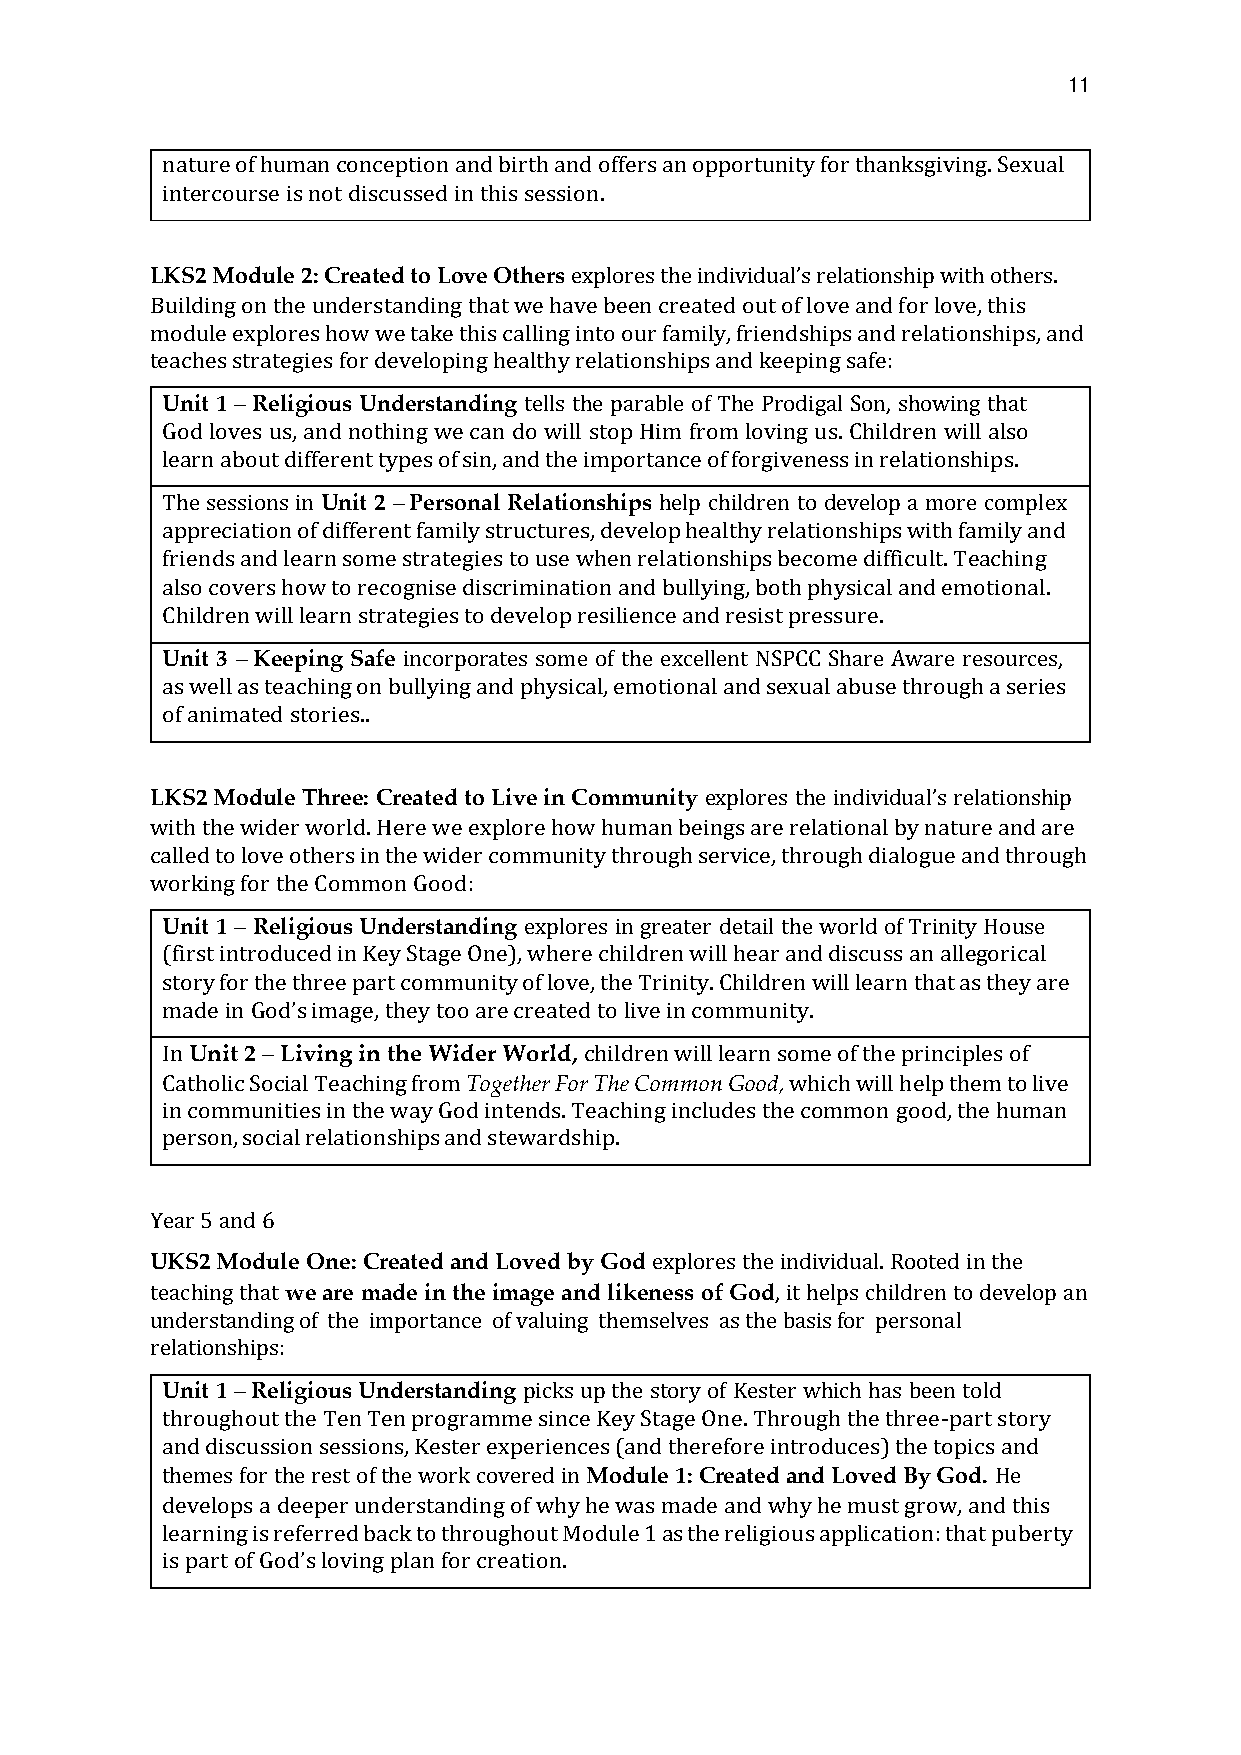
11
 nature of human conception and birth and offers an opportunity for thanksgiving. Sexual
 intercourse is not discussed in this session.
 LKS2 Module 2: Created to Love Others explores the relationship with others.
 Building on the understanding that we have been created out of love and for love, this
 module explores how we take this calling into our famiinlyd,i vfridieunadl’sships and relationships, and
 teaches strategies for developing healthy relationships and keeping safe:
 Unit 1 – Religious Understanding tells the parable of The Prodigal Son, showing that
 God loves us, and nothing we can do will stop Him from loving us. Children will also
 learn about different types of sin, and the importance of forgiveness in relationships.
 The sessions in Unit 2 – Personal Relationships help children to develop a more complex
 appreciation of different family structures, develop healthy relationships with family and
 friends and learn some strategies to use when relationships become difficult. Teaching
 also covers how to recognise discrimination and bullying, both physical and emotional.
 Children will learn strategies to develop resilience and resist pressure.
 Unit 3 – Keeping Safe incorporates some of the excellent NSPCC Share Aware resources,
 as well as teaching on bullying and physical, emotional and sexual abuse through a series
 of animated stories..
 LKS2 Module Three: Created to Live in Community explores the relationship
 with the wider world. Here we explore how human beings are relational by nature and are
 called to love others in the wider community through service, throuignhd idviiadluoaglu’se and through
 working for the Common Good:
 Unit 1 – Religious Understanding explores in greater detail the world of Trinity House
 (first introduced in Key Stage One), where children will hear and discuss an allegorical
 story for the three part community of love, the Trinity. Children will learn that as they are
 made in   image, they too are created to live in community.
 In Unit 2 – Living in the Wider World, children will learn some of the principles of
 God’s
 Catholic Social Teaching from Together For The Common Good, which will help them to live
 in communities in the way God intends. Teaching includes the common good, the human
 person, social relationships and stewardship.
 Year 5 and 6
 UKS2 Module One: Created and Loved by God explores the individual. Rooted in the
 teaching that we are made in the image and likeness of God, it helps children to develop an
 understanding of the importance of valuing themselves as the basis for personal
 relationships:
 Unit 1 – Religious Understanding picks up the story of Kester which has been told
 throughout the Ten Ten programme since Key Stage One. Through the three-part story
 and discussion sessions, Kester experiences (and therefore introduces) the topics and
 themes for the rest of the work covered in Module 1: Created and Loved By God. He
 develops a deeper understanding of why he was made and why he must grow, and this
 learning is referred back to throughout Module 1 as the religious application: that puberty
 is part of loving plan for creation.
 God’s